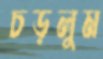
চড়লুম